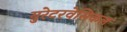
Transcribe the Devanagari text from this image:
युरेटरवेसिकल